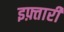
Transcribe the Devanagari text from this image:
इफ़्तारी